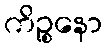
ကိဉ္စနော